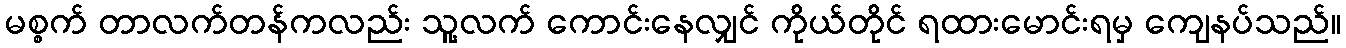
မစ္စက် တာလက်တန်ကလည်း သူ့လက် ကောင်းနေလျှင် ကိုယ်တိုင် ရထားမောင်းရမှ ကျေနပ်သည်။